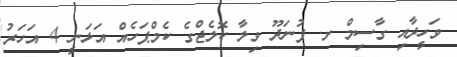
ވަހީދާއި ގާސިމް ށ. ފުނަދޫ ވިލާ ކޮލެޖްގެ ކެމްޕަހެއް އަޅަނީ 4 އަހަރު